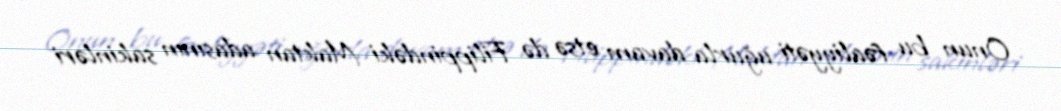
Onun bu fəaliyyəti uğurla davam etsə də Filippindəki Maktan adasının sakinləri